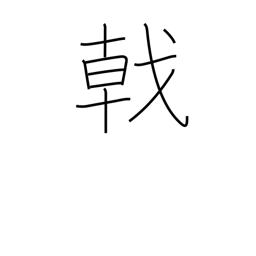
Meaning: halbert